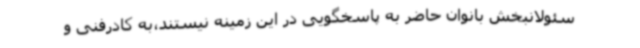
سئولانبخش بانوان حاضر به پاسخگویی در این زمینه نیستند،به کادرفنی و